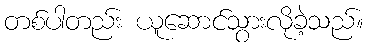
တစ်ပါတည်း ယူဆောင်သွားလိုခဲ့သည်။